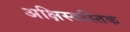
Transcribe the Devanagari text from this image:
अक्षिस्वस्तिक